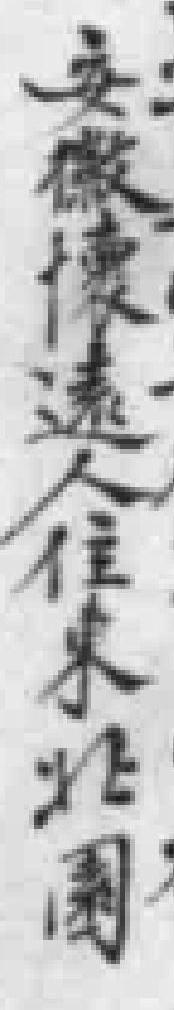
安徽懷遠人住東北園